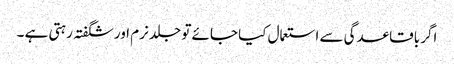
اگر باقاعدگی سے استعمال کیا جائے تو جلد نرم اور شگفتہ رہتی ہے ۔